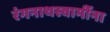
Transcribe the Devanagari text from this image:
रंगनाथस्वामींना